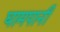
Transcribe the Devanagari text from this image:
घामपानी